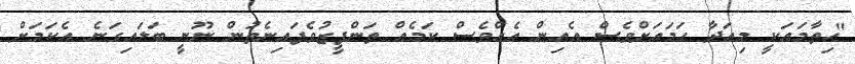
"ހިތާމައަކީ މިއަދާ ހަމައަށްވެސް އެއިން އެއްވެސް ކަމެއް ތަންފީޒުވެފައިނެތުން ނޫނީ ބަލައިގަނެ އެކަމަށް